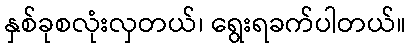
နှစ်ခုစလုံးလှတယ်၊ ရွေးရခက်ပါတယ်။